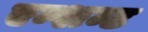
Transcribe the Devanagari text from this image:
एन्शन्ट